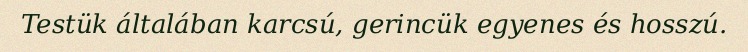
Testük általában karcsú, gerincük egyenes és hosszú.